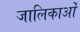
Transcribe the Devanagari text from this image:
जालिकाओं